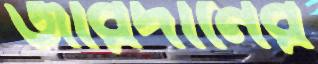
জারদানের